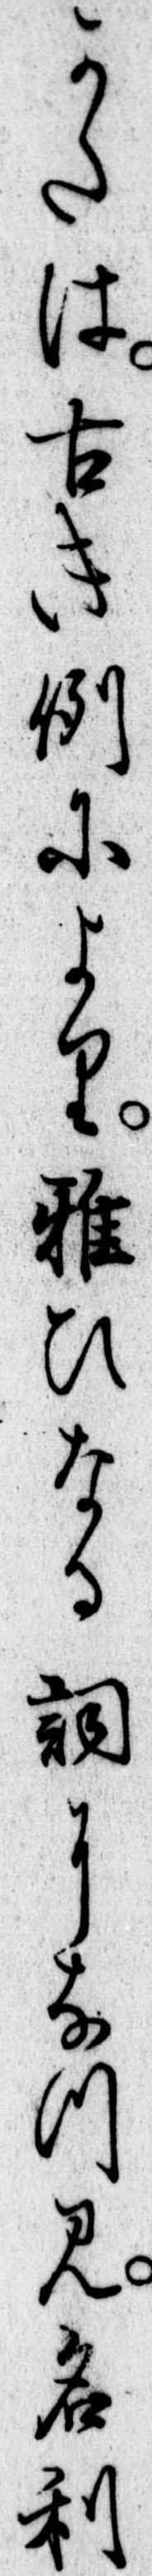
かたは古き例により雅ひなる詞になつみ名利